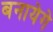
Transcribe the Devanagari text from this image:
बनायेगे